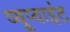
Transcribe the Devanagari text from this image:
व्यूप्वाइंट